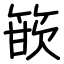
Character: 篏